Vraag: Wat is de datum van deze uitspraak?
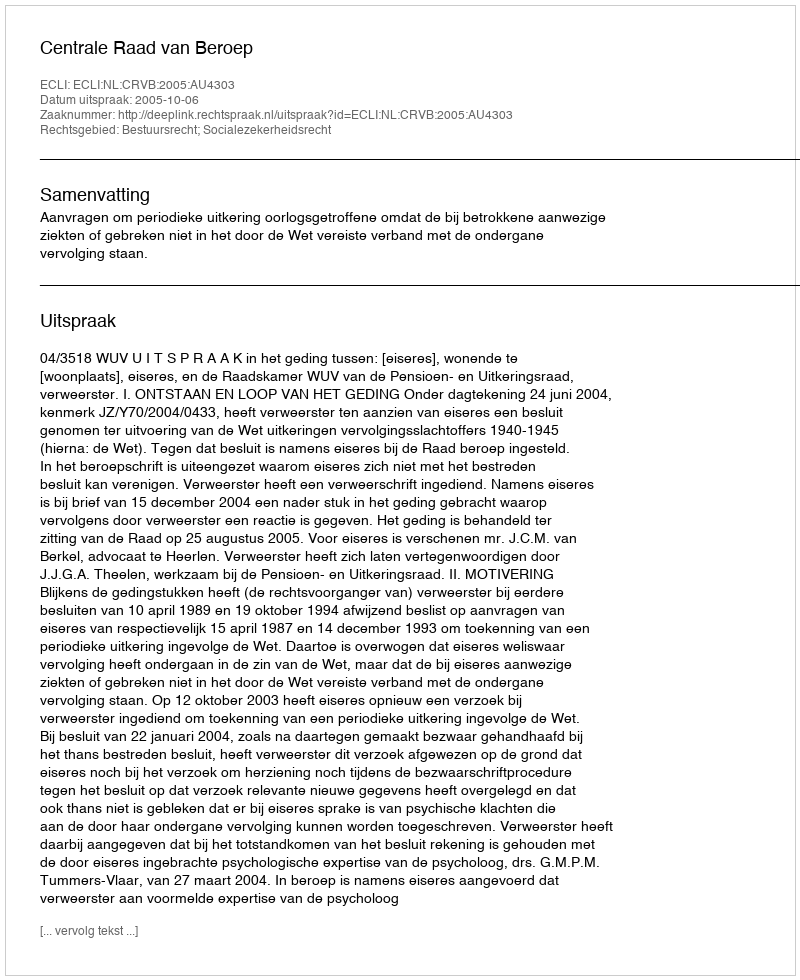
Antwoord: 2005-10-06